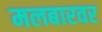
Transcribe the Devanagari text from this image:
मलबारवर